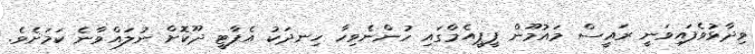
ވިދާޅުވެފައިވަނީ ރައީސް މައުމޫން ޕީޕީއެމްގައި ހުންނެވިހާ ހިނދަކު އެޕާޓީ ދޫކޮށް ނުލައްވާނެ ކަމަށެވެ.